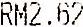
RM2.62